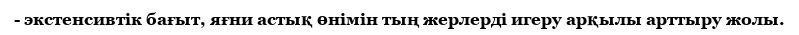
- экстенсивтік бағыт, яғни астық өнімін тың жерлерді игеру арқылы арттыру жолы.